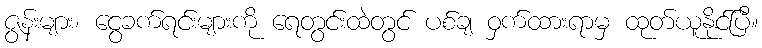
ဇွန်းများ၊ ငွေခက်ရင်းများကို ရေတွင်းထဲတွင် ပစ်ချ ဝှက်ထားရာမှ ထုတ်ယူနိုင်ပြီ။